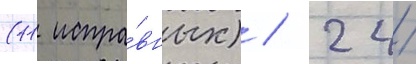
(11 испра́вных) / 24/